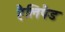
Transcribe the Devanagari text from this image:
हैलिपैड